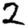
Digit: 2